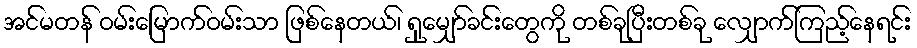
အင်မတန် ဝမ်းမြောက်ဝမ်းသာ ဖြစ်နေတယ်၊ ရှုမျှော်ခင်းတွေကို တစ်ခုပြီးတစ်ခု လျှောက်ကြည့်နေရင်း